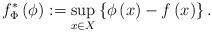
LaTeX: \begin{align*}f_{\Phi}^{*}\left(\phi\right):=\sup_{x\in X}\left\{ \phi\left(x\right)-f\left(x\right)\right\} .\end{align*}